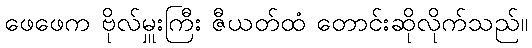
ဖေဖေက ဗိုလ်မှူးကြီး ဇီယတ်ထံ တောင်းဆိုလိုက်သည်။